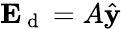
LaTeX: \mathbf{E}_{\mathrm{~d~}}=A\hat{\mathbf{y}}